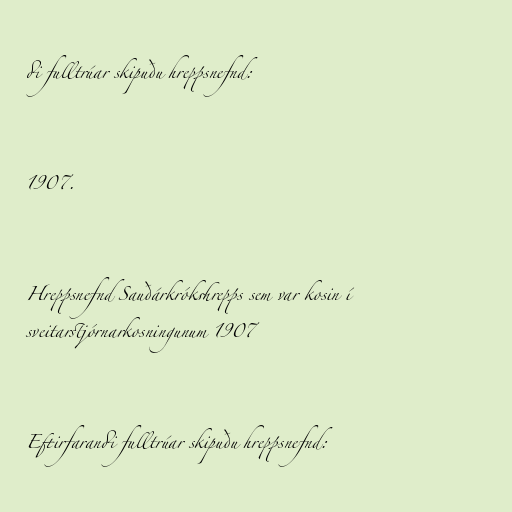
di fulltrúar skipuðu hreppsnefnd:

1907.

Hreppsnefnd Sauðárkrókshrepps sem var kosin í
sveitarstjórnarkosningunum 1907

Eftirfarandi fulltrúar skipuðu hreppsnefnd: